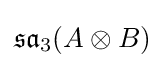
{\mathfrak {sa}}_{3}(A\otimes B)